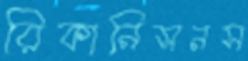
রিকানিসনস